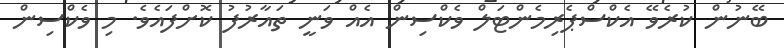
ބޭނުން ކުރެވޭ އެކްސްޕެރިމެންޓަލް ވެކްސިން އެއް ވަނީ ތައާރުފު ކޮށްފައެވެ. މި ވެކްސިން